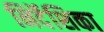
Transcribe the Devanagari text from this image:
निर्दॆशिका